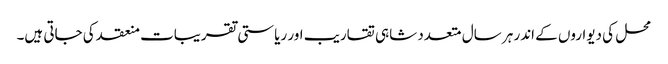
محل کی دیواروں کے اندر ہر سال متعدد شاہی تقاریب اور ریاستی تقریبات منعقد کی جاتی ہیں۔